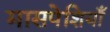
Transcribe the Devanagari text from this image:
मासपेशियाँ